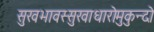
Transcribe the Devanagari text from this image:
सुखभावस्सुखाधारोमुकुन्दो